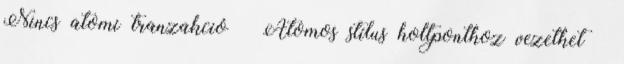
Nincs atomi tranzakció ● Atomos stílus holtponthoz vezethet –